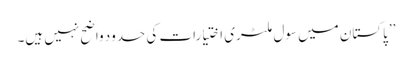
’’پاکستان میں سول ملٹری اختیارات کی حدود واضح نہیں ہیں۔